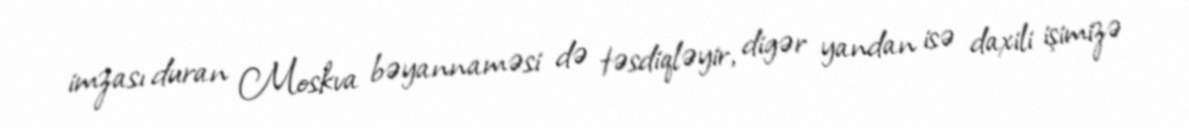
imzası duran Moskva bəyannaməsi də təsdiqləyir, digər yandan isə daxili işimizə